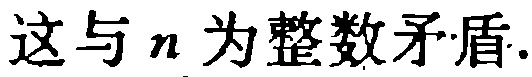
这与 \(n\) 为整数矛盾.